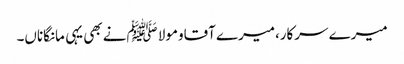
میرے سرکار،میرے آقاومولا ﷺنے بھی یہی مانگاناں۔